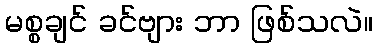
မစ္စချင် ခင်ဗျား ဘာ ဖြစ်သလဲ။